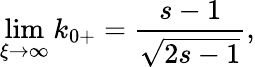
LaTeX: \operatorname*{lim}_{\xi\rightarrow\infty}k_{0+}=\frac{s-1}{\sqrt{2s-1}},